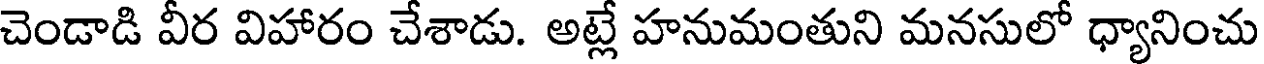
చెండాడి వీర విహారం చేశాడు. అట్లే హనుమంతుని మనసులో ధ్యానించు